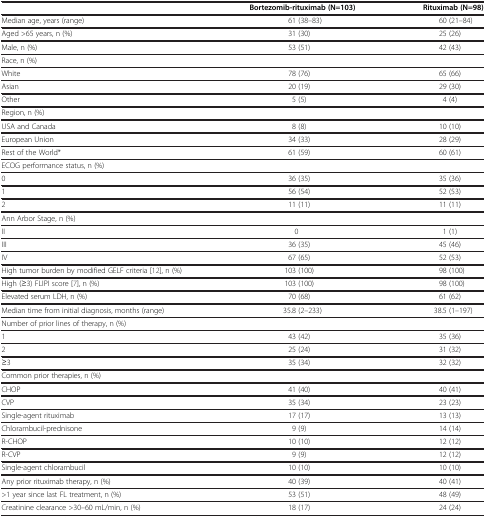
|  | Bortezomib-rituximab (N=103) | Rituximab (N=98) |
 | --- | --- | --- |
 | Median age, years (range) | 61 (38–83) | 60 (21–84) |
 | Aged >65 years, n (%) | 31 (30) | 25 (26) |
 | Male, n (%) | 53 (51) | 42 (43) |
 | Race, n (%) |  |  |
 | White | 78 (76) | 65 (66) |
 | Asian | 20 (19) | 29 (30) |
 | Other | 5 (5) | 4 (4) |
 | Region, n (%) |  |  |
 | USA and Canada | 8 (8) | 10 (10) |
 | European Union | 34 (33) | 28 (29) |
 | Rest of the World* | 61 (59) | 60 (61) |
 | ECOG performance status, n (%) |  |  |
 | 0 | 36 (35) | 35 (36) |
 | 1 | 56 (54) | 52 (53) |
 | 2 | 11 (11) | 11 (11) |
 | Ann Arbor Stage, n (%) |  |  |
 | II | 0 | 1 (1) |
 | III | 36 (35) | 45 (46) |
 | IV | 67 (65) | 52 (53) |
 | High tumor burden by modified GELF criteria [12], n (%) | 103 (100) | 98 (100) |
 | High (≥3) FLIPI score [7], n (%) | 103 (100) | 98 (100) |
 | Elevated serum LDH, n (%) | 70 (68) | 61 (62) |
 | Median time from initial diagnosis, months (range) | 35.8 (2–233) | 38.5 (1–197) |
 | Number of prior lines of therapy, n (%) |  |  |
 | 1 | 43 (42) | 35 (36) |
 | 2 | 25 (24) | 31 (32) |
 | ≥3 | 35 (34) | 32 (32) |
 | Common prior therapies, n (%) |  |  |
 | CHOP | 41 (40) | 40 (41) |
 | CVP | 35 (34) | 23 (23) |
 | Single-agent rituximab | 17 (17) | 13 (13) |
 | Chlorambucil-prednisone | 9 (9) | 14 (14) |
 | R-CHOP | 10 (10) | 12 (12) |
 | R-CVP | 9 (9) | 12 (12) |
 | Single-agent chlorambucil | 10 (10) | 10 (10) |
 | Any prior rituximab therapy, n (%) | 40 (39) | 40 (41) |
 | >1 year since last FL treatment, n (%) | 53 (51) | 48 (49) |
 | Creatinine clearance >30–60 mL/min, n (%) | 18 (17) | 24 (24) |